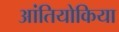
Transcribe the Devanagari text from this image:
आंतियोकिया